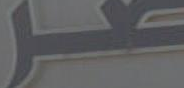
صر